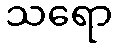
သရော